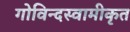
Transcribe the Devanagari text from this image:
गोविन्दस्वामीकृत